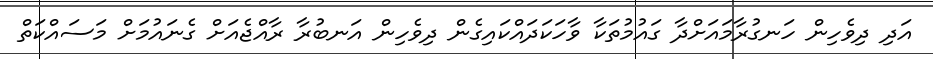
އަދި ދިވެހިން ހަނގުރާމައަށްދާ ގައުމުތަކާ ވާހަކަދައްކައިގެން ދިވެހިން އަނބުރާ ރާއްޖެއަށް ގެނައުމަށް މަސައްކަތް